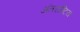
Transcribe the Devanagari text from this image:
अंतराष्टिय